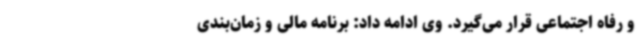
و رفاه اجتماعی قرار می‌گیرد. وی ادامه داد: برنامه مالی و زمان‌بندی